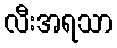
လီးအရသာ